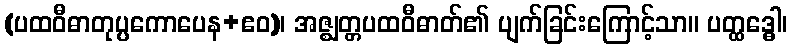
(ပထဝီဓာတုပ္ပကောပေန+ဧဝ)၊ အဇ္ဈတ္တပထဝီဓာတ်၏ ပျက်ခြင်းကြောင့်သာ။ ပတ္ထဒ္ဓေါ၊